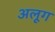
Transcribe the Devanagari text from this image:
अलूग